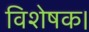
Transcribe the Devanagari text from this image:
विशेषक।